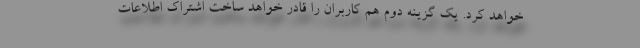
خواهد کرد. یک گزینه دوم هم کاربران را قادر خواهد ساخت اشتراک اطلاعات